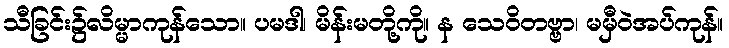
သီခြင်း၌လိမ္မာကုန်သော။ ပမဒါ၊ မိန်းမတို့ကို။ န သေဝိတဗ္ဗာ၊ မမှီဝဲအပ်ကုန်။